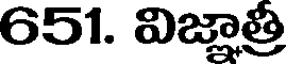
651. విజ్ఞాత్రీ